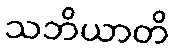
သဘိယာတိ